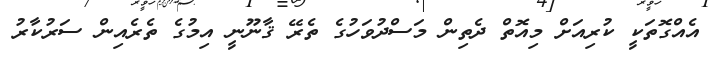
އެއްގޮތަކީ ކުރިއަށް މިއޮތް ދެތިން މަސްދުވަހުގެ ތެރޭ ޤާނޫނީ އިމުގެ ތެރެއިން ސަރުކާރު